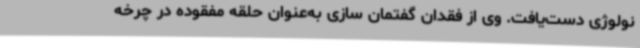
نولوژی دست‌یافت. وی از فقدان گفتمان سازی به‌عنوان حلقه مفقوده در چرخه